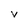
Character: V